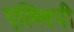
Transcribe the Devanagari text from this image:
एल्लिपी